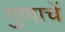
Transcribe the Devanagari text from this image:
गुणाचें